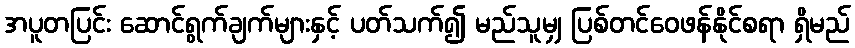
အပူတပြင်း ဆောင်ရွက်ချက်များနှင့် ပတ်သက်၍ မည်သူမျှ ပြစ်တင်ဝေဖန်နိုင်စရာ ရှိမည်